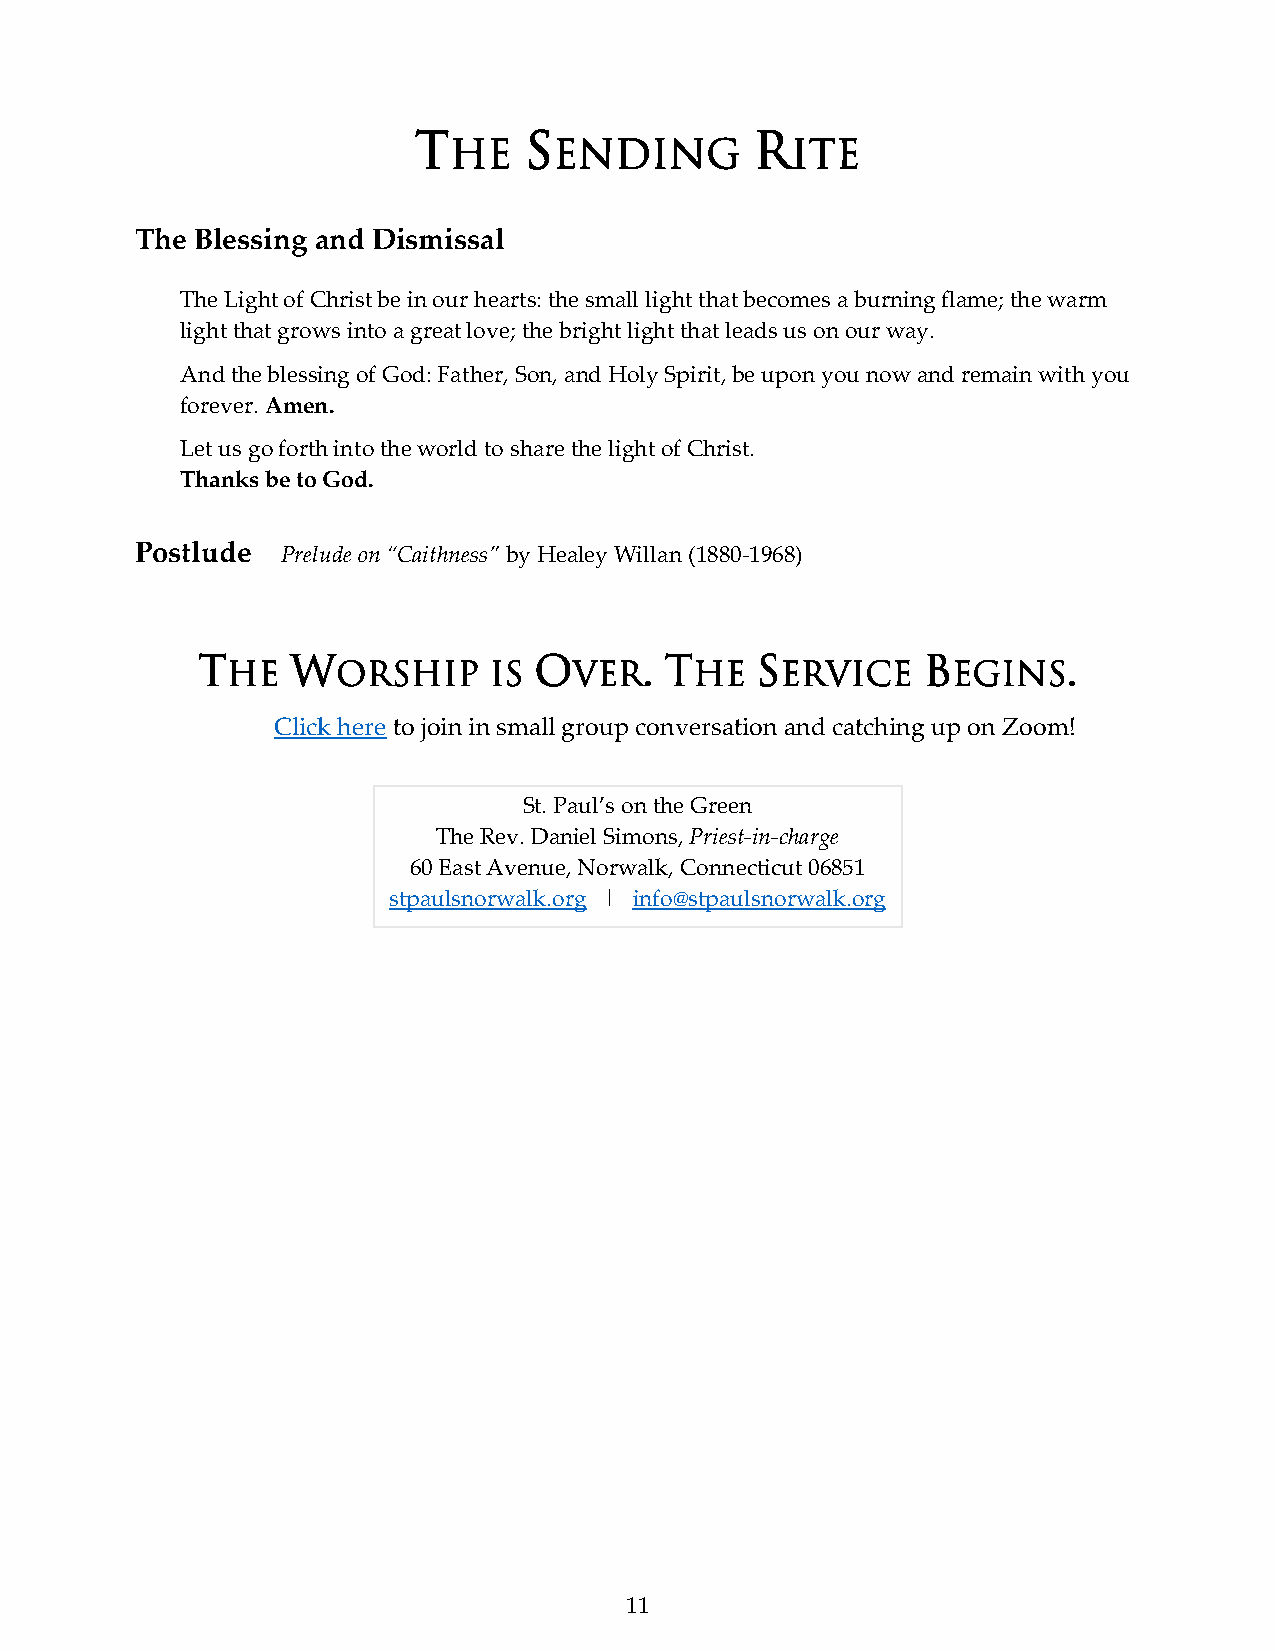
T       S              R
 HE     ENDING         ITE
 The Blessing and Dismissal
 The Light of Christ be in our hearts: the small light that becomes a burning flame; the warm
 light that grows into a great love; the bright light that leads us on our way.
 And the blessing of God: Father, Son, and Holy Spirit, be upon you now and remain with you
 forever. Amen.
 Let us go forth into the world to share the light of Christ.
 Thanks be to God.
 Postlude  Prelude on “Caithness” by Healey Willan (1880-1968)
 T     W               O       . T    S          B         .
 HE     ORSHIP    IS    VER     HE    ERVICE     EGINS
 Click here to join in small group conversation and catching up on Zoom!
 St. Paul’s on the Green
 The Rev. Daniel Simons, Priest-in-charge
 60 East Avenue, Norwalk, Connecticut 06851
 stpaulsnorwalk.org | info@stpaulsnorwalk.org
 11